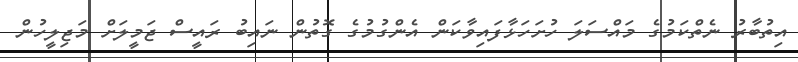
އިތުބާރު ނެތްކަމުގެ މައްސަލަ ހުށަހަޅާފައިވާކަން އެންގުމުގެ ގޮތުން ނައިބު ރައީސް ޖަމީލަށް މަޖިލީހުން